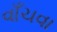
વાઁચવા